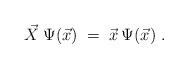
LaTeX: \begin{align*}\vec{X} \:\Psi(\vec{x}) \;=\; \vec{x} \:\Psi(\vec{x}) \;.\end{align*}